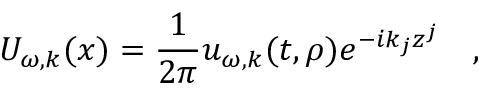
U _ { \omega , k } ( x ) = { \frac { 1 } { 2 \pi } } u _ { \omega , k } ( t , \rho ) e ^ { - i k _ { j } z ^ { j } } ~ ~ ~ ,